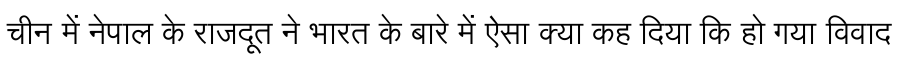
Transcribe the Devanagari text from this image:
चीन में नेपाल के राजदूत ने भारत के बारे में ऐसा क्या कह दिया कि हो गया विवाद